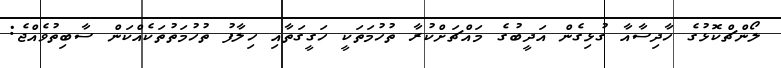
ލޯންޗްކޮޅުގެ ހާދިސާއާ ގުޅިގެން އަދީބުގެ މައްޗަށްކުރާ ތުހުމަތަކީ ހަގީގަތާއި ހިލާފު ތުހުމަތުތަކެއްކަން ސާބިތުވެއްޖެ: